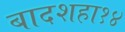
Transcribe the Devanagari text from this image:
बादशहा१४